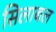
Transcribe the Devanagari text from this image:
सिलाबल